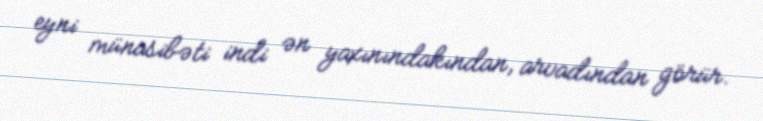
eyni münasibəti indi ən yaxınındakından, arvadından görür.